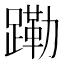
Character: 𬧊